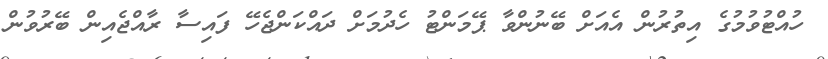
ހުއްޓުވުމުގެ އިތުރުން އެއަށް ބޭނުންވާ ޕޭމަންޓު ހެދުމަށް ދައްކަންޖެހޭ ފައިސާ ރާއްޖެއިން ބޭރުވުން